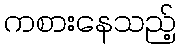
ကစားနေသည့်